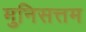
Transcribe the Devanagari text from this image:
मुनिसत्तम